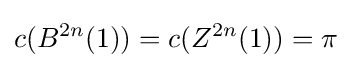
c(B^{2n}(1))=c(Z^{2n}(1))=\pi